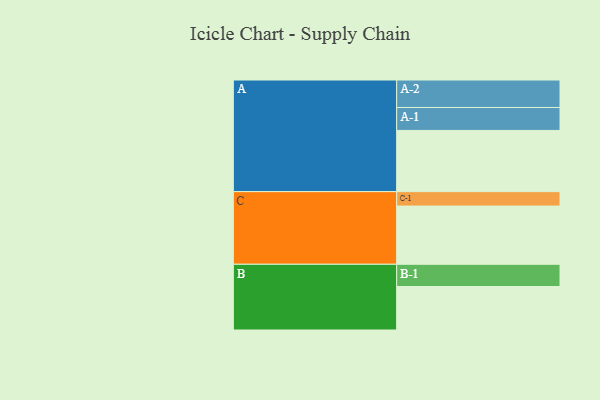
{"axis": {"x": "Segment", "y": "Value"}, "legend": ["", "A", "B", "C"], "data": [{"x": "A", "y": 581, "type": ""}, {"x": "B", "y": 413, "type": ""}, {"x": "C", "y": 553, "type": ""}, {"x": "A-1", "y": 218, "type": "A"}, {"x": "A-2", "y": 261, "type": "A"}, {"x": "B-1", "y": 211, "type": "B"}, {"x": "C-1", "y": 137, "type": "C"}]}